Plague in India, 1896, 1897 - Volume 3
Year: 1896
Disease focus: Plague
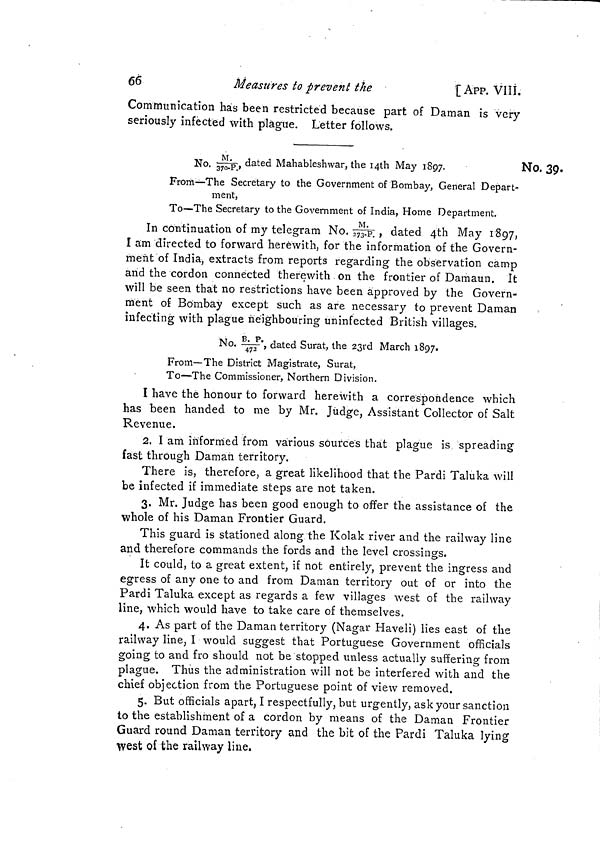
66
Measures to prevent the
[ APP. VIII.
Communication has been restricted because part of Daman is very
seriously infected with plague. Letter follows.
No. 39.
No. M/370.p., dated Mahableshwar, the 14th May 1897.
3
From—The Secretary to the Government of Bombay, General Depart-
ment,
To—The Secretary to the Government of India, Home Department.
In continuation of my telegram No.M/273.p . , dated 4th May 1897,
I am directed to forward herewith, for the information of the Govern-
ment of India, extracts from reports regarding the observation camp
arid the cordon connected therewith on the frontier of Damaun. It
will be seen that no restrictions have been approved by the Govern-
ment of Bombay except such as are necessary to prevent Daman
infecting with plague neighbouring uninfected British villages.
No. B.p/472. dated Surat, the 23rd March 1897.
From—The District Magistrate, Surat,
To—The Commissioner, Northern Division.
I have the honour to forward herewith a correspondence which
has been handed to me by Mr. Judge, Assistant Collector of Salt
Revenue.
2. I am informed from various source's that plague is spreading
fast through Daman territory.
There is, therefore, a great likelihood that the Pardi Taluka will
be infected if immediate steps are not taken.
3. Mr. Judge has been good enough to offer the assistance of the
whole of his Daman Frontier Guard.
This guard is stationed along the Kolak river and the railway line
and therefore commands the fords and the level crossings.
It could, to a great extent, if not entirely, prevent the ingress and
egress of any one to and from Daman territory out of or into the
Pardi Taluka except as regards a few villages west of the railway
line, which would have to take care of themselves.
4. As part of the Daman territory (Nagar Haveli) lies east of the
railway line, I would suggest that Portuguese Government officials
going to and fro should not be stopped unless actually suffering from
plague. Thus the administration will not be interfered with and the
chief objection from the Portuguese point of view removed.
5. But officials apart, I respectfully, but urgently, ask your sanction
to the establishment of a cordon by means of the Daman Frontier
Guard round Daman territory and the bit of the Pardi Taluka lying
West of the railway line.